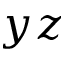
y z